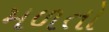
મળતો